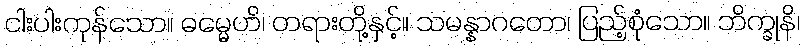
ငါးပါးကုန်သော။ ဓမ္မေဟိ၊ တရားတို့နှင့်။ သမန္နာဂတော၊ ပြည့်စုံသော။ ဘိက္ခုနိ၊